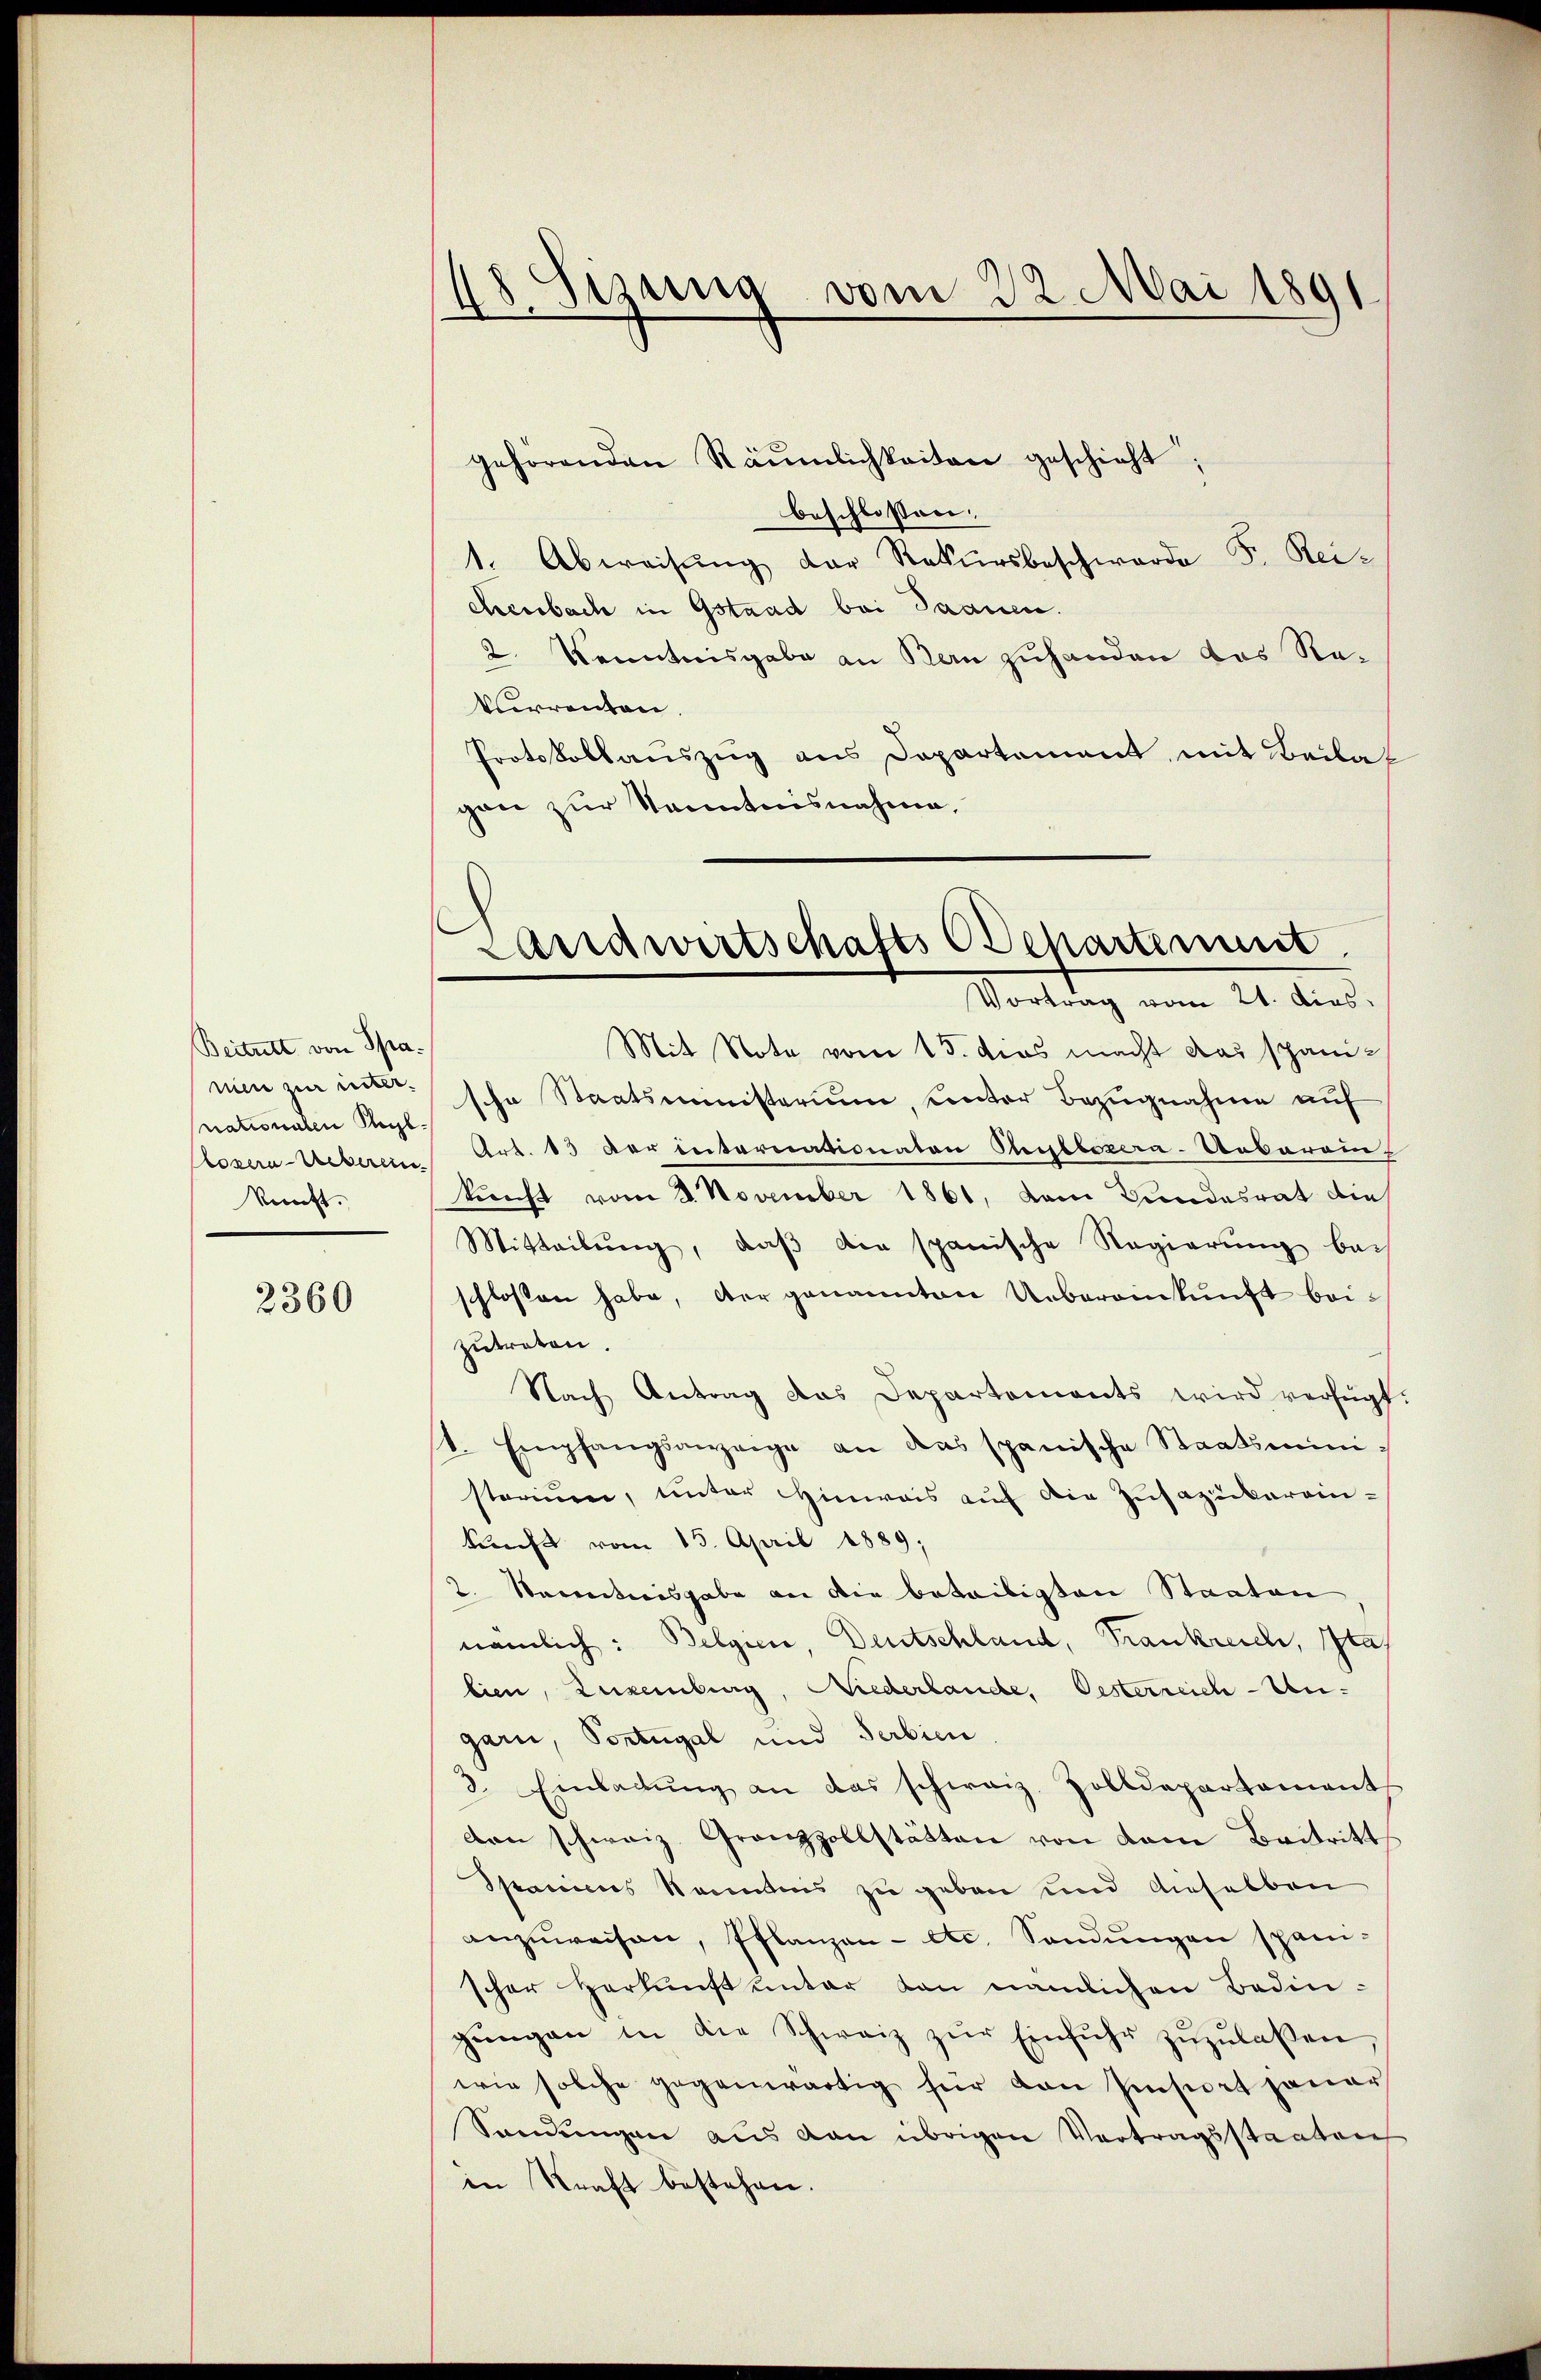
Beitritt von Spa
nationalen Regl
kunft.

2360

48. Sizung vom 22. Mai 1891

gehörenden Räumlichkeiten geschieht,
beschlossen:
1. Abweisŭng der Rekursbeschwerde F. Beichenbach in Gstand bei Saanen.
2. Kenntnisgabe an Bern zuhanden das Re¬
Verrenten.
Protokollauszug aus Departement mit Beilat
gon zur Kenntnisnahme,

s
Landwirtschafts Departement
Vortrag vom 21. dies

Mit Nota vom 15. dies macht das spaninien zur une sche Staatsministerium, unter Bezugnahme auf
lozera-Ueberein Art. 43 der intererationaten Publozera-Ueberein
kunft vom 8. November 1861, dem Bundesrat die
Mitteilŭng, daß die spanische Regierung bei
schlossen habe, der genannten Uebereinkunft beizutreten.
Nach Antrag das Departements wird verfügt:
1. Empfangsanzeige an das spanische Staatsministerium, unter Hinweis auf die Zusazuckereinkunft vom 15. April 1889;
2. Secretiisgabe an die beteiligten Staaten
nämlich: Belgien, Deutschland, Frankreich, Ita
lien, Eukenburg, Niederlande, Oesterreich-Ungarn, Portugal und Serbien.
3. Einladŭng an das schweiz. Zolldepartement
den schweiz. Grenzzollstätten von dem Beitritt
Spaniens kanntnis zu geben und dieselben
anzŭweisen, Pflanzen - etc. Sandŭngen spani-
scher Herkunft unter von nämlichen Bedingŭngen in die Schweiz zŭr Einführ zŭzŭlassen,
wie solche gegenwärtig für den Einsiert jauar
Sondungen aus den übrigen Vertragsstaaten
in Kraft bestehen.